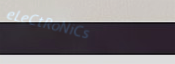
eLeCtRoNiCs